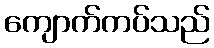
ကျောက်ကပ်သည်